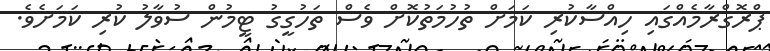
ޕްރޮގްރާމެއްގައި ހިއްސާކުރި ކަމަށް ތުހުމަތުކޮށް ވެސް ތަހުގީގު ޓީމުން ސުވާލު ކުރި ކަމަށެވެ.